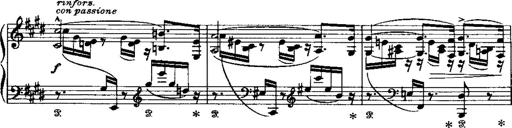
Title: LiebestrÃ¤ume
Composer: Franz Behr
Key: E-flat major